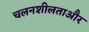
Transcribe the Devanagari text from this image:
चलनशीलताऔर